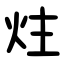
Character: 炷